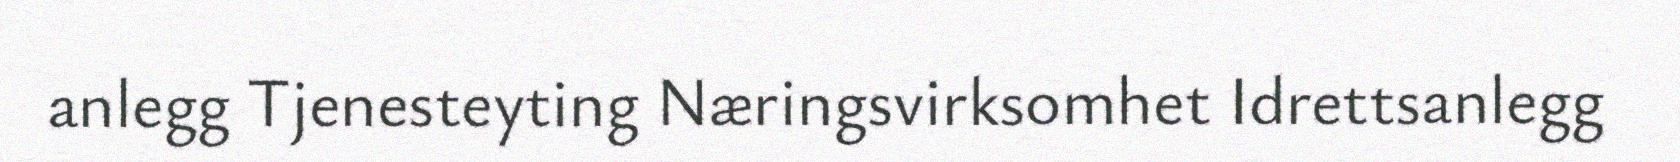
anlegg Tjenesteyting Næringsvirksomhet Idrettsanlegg